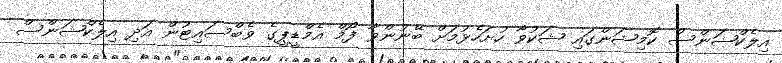
އިލެކްޝަންސް ކޮމިޝަންގައި ޝަކުވާ ހުށަހެޅުމަށް ބޭނުންވާ ފޯމް އެމްޑީޕީގެ ވެބްސައިޓުން އަދި އިލެކްޝަންސް